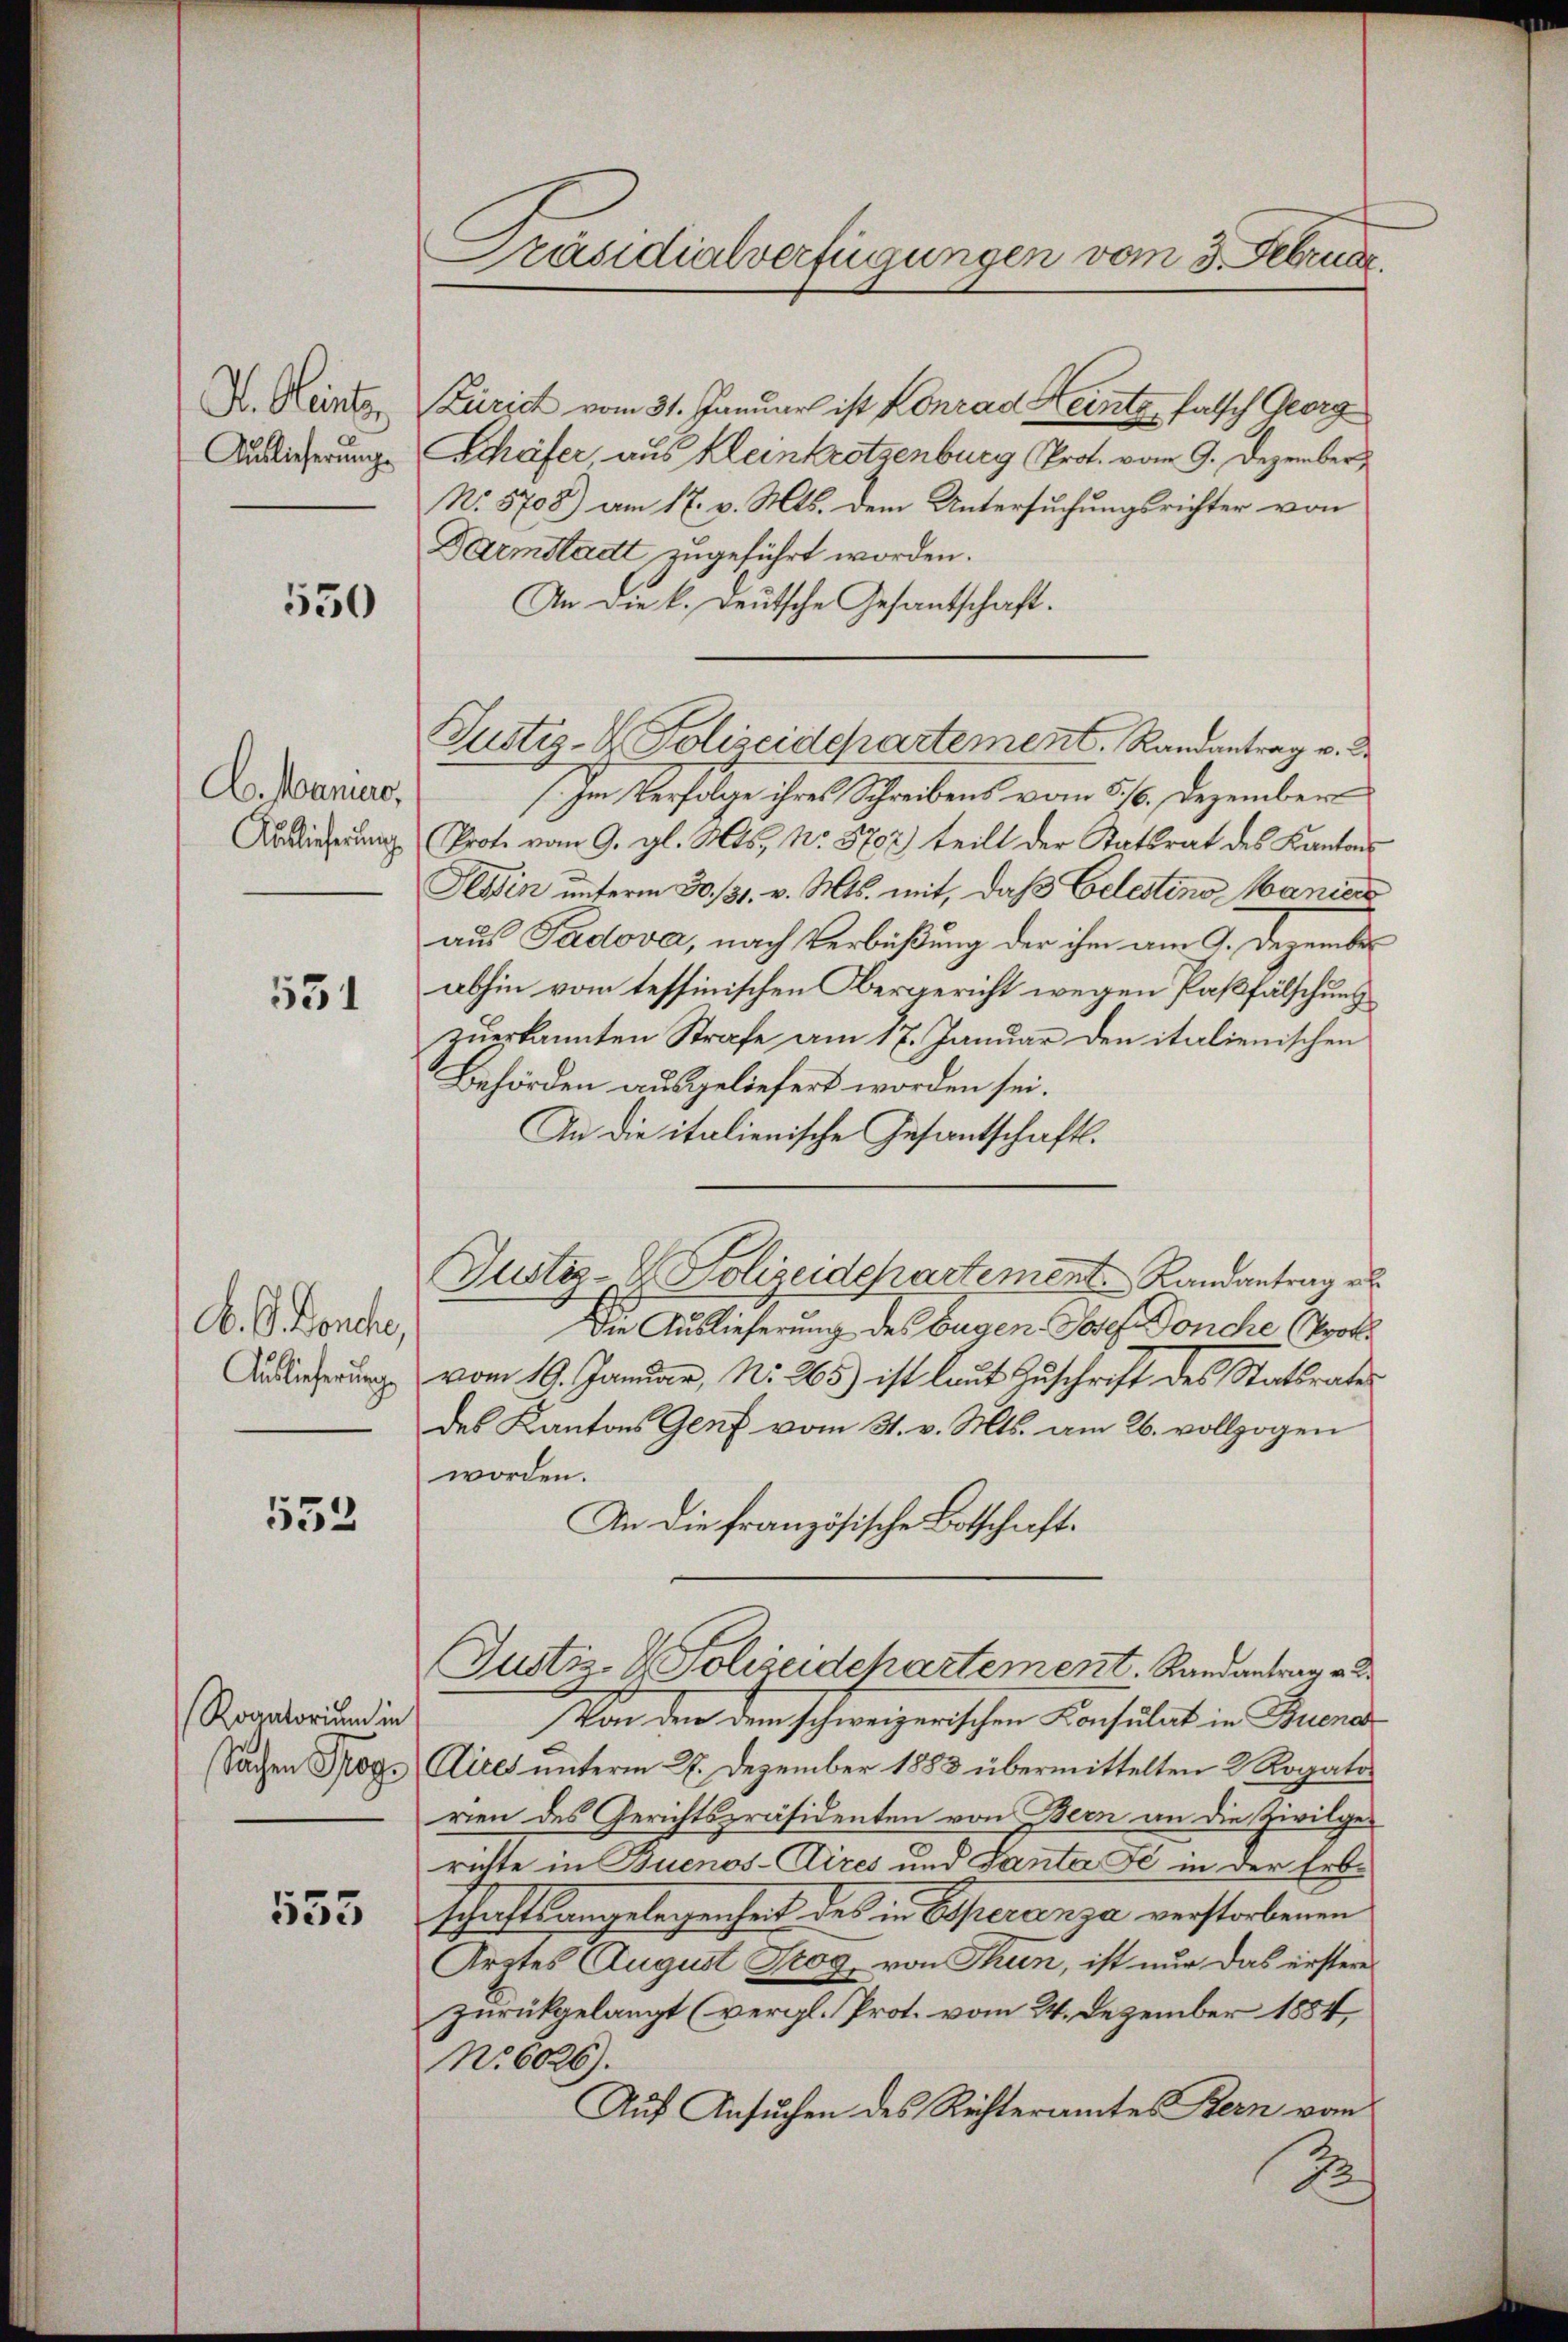
Dr. Heinte
Auslieferungs

550

A. Mariae,
Auslieferung

531

A. G. Borche,
Auslieferung

552

Roantorium in
Sachen Prog

553

Präsidialverfügungen vom 3. Februar.

Zürich vom 31. Januar ist Konrad Keinte, falsch Georg
Schäfer, aus Kleinkrotzenburg (Prot. vom 9. Dezember
No. 5708) am 17. v. Mts. dem Untersuchungsrichter von
Darmstadt zugeführt worden.
An die k. Deutsche Gesantschaft.
Im Verfolge ihres Schreibens vom 5./6. Dezember
Prote vom 9. gl. Mts., No. 5707) teilt der Statsrat des Kantons
Tessin unterm 30. 131. v. Mts. mit, daß Celestino Maniere
aus Padova, nach Verbüßung der ihm am 9. Dezember
abhin vom tessinischen Obergericht wegen Paßfälschung
zuerkannten Strafe am 17. Januar den italienischen
Behörden ausgeliefert worden sei.
An die italienische Gesantschaftl.
Justiz- & Polizeidepartement. Landantrag eb
Die Auslieferung des Eugen Josef Donche (Prof.
vom 19. Januar, No. 265) ist laut Zuschrift des Stattrates
des Kantons Genf vom 31. v. Mts. am 26. vollzogen
worden.
An die französische Botschaft.
Justiz- & Polizeidchartement. Randantrag a
Von den dem schweizerischen Konsulat in Bueno
Aires unterm 27. Dezember 1883 übermittelten 2 Rogato
rien des Gerichtspräsidenten von Bern an die Zivilge-
richte in Buenos-Aires und Tanta Fe in der Erb-
schaftsangelegenheit des in Esperanza verstorbenen
Arztes August Trog von Thun, ist nur das erstere
zurückgelangt (vergl. Prot. vom 24. Dezember 1884,
No. 6026).
Auf Ansuchen des Rechteramtes Bern vom
2

Justiz- & Polizeidepartement. Randantrag v. 2